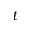
t